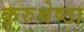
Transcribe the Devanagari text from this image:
कुरुश्रेष्ठा